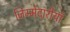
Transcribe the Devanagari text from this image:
जिम्मेदारीयाँ